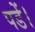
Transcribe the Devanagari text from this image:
पडें।